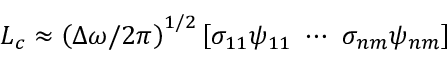
\b { L _ { c } } \approx \left( \Delta \omega / 2 \pi \right) ^ { 1 / 2 } \left[ \sigma _ { 1 1 } \b { \psi } _ { 1 1 } \ \cdots \ \sigma _ { n m } \b { \psi } _ { n m } \right]